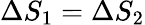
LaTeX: \Delta S_{1}=\Delta S_{2}